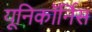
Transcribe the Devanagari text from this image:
यूनिकॉर्निस